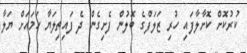
ކުރުކޮށް ކޮށާލާފައި ހުރި ޒަލަފްގެ ބޮލުން ފެށިގެން ދެ ފައިތިލަޔާ ހަމައަށް ޔަލާ